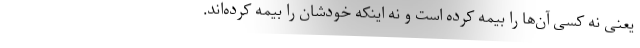
یعنی نه کسی آن‌ها را بیمه کرده است و نه اینکه خودشان را بیمه کرده‌اند.